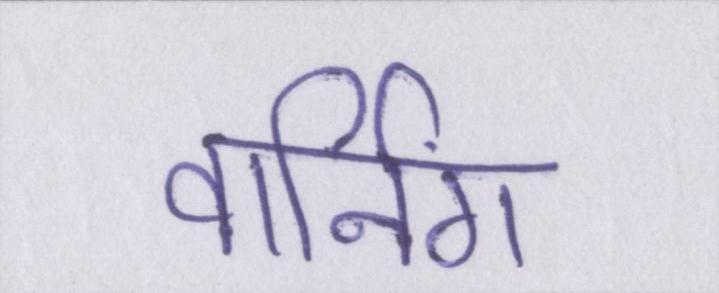
वार्निंग